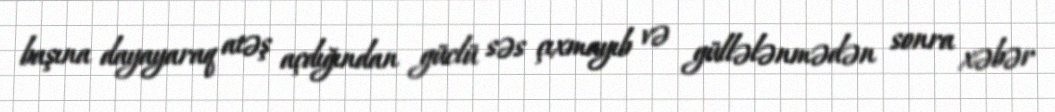
başına dayayaraq atəş açdığından güclü səs çıxmayıb və güllələnmədən sonra xəbər